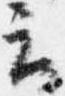
云